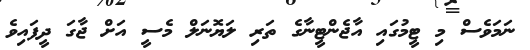
ނަމަވެސް މި ޓީމުގައި އާޖެންޓީނާގެ ތަރި ލަޔޮނަލް މެސީ އަށް ޖާގަ ދީފައިވެ